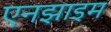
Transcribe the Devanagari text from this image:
एनझाइम